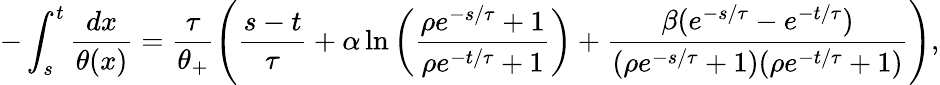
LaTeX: -\int_{s}^{t}\frac{dx}{\theta(x)}=\frac{\tau}{\theta_{+}}\left(\frac{s-t}{\tau}+\alpha\ln\left(\frac{\rho e^{-s/\tau}+1}{\rho e^{-t/\tau}+1}\right)+\frac{\beta(e^{-s/\tau}-e^{-t/\tau})}{(\rho e^{-s/\tau}+1)(\rho e^{-t/\tau}+1)}\right),